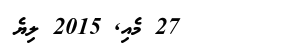
27 މެއި